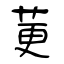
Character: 莄